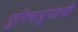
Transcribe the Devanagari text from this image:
पुरिसयुगानी